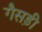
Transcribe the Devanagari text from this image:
गैसड़ी